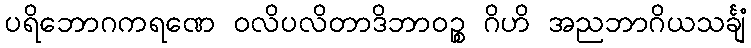
ပရိဘောဂကရဏေ ဝလိပလိတာဒိဘာဝဉ္စ ဂိဟိ အညဘာဂိယသင်္ချံ